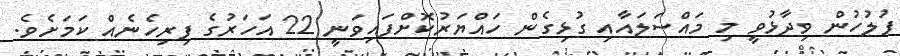
ފުލުހުން ވިދާޅުވީ މި މައްސަލައާއި ގުޅިގެން ހައްޔަރުކޮށްފައިވަނީ 22 އަހަރުގެ ފިރިހެނެއް ކަމަށެވެ.